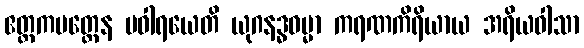
ဧတ္တကမတ္တေန ပဝါရယေတိ ယုဂနဒ္ဓဓမ္မာ ကရဏကိရိယာယ အရိယဝါသာ